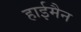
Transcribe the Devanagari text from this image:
हाईमैन